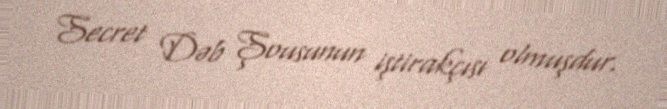
Secret Dəb Şousunun iştirakçısı olmuşdur.